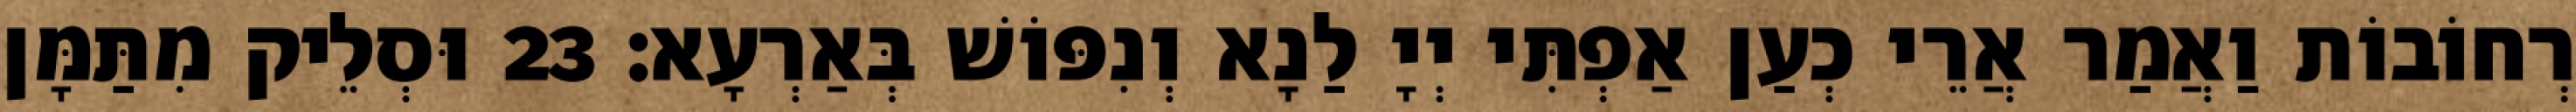
רְחוֹבוֹת וַאֲמַר אֲרֵי כְעַן אַפְתִּי יְיָ לַנָא וְנִפּוֹשׁ בְּאַרְעָא׃ 23 וּסְלֵיק מִתַּמָּן